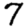
Digit: 7